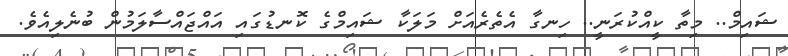
ޝައިމް.. މިތާ ކީއްކުރަނީ.. ހިނގާ އެތެރެއަށް މަލަކާ ޝައިމްގެ ކޮނޑުގައި އައްޖައްސާލަމުން ބުނެލިއެވެ.